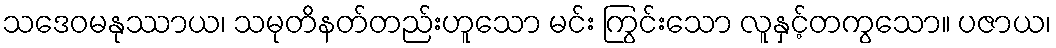
သဒေဝမနုဿာယ၊ သမုတိနတ်တည်းဟူသော မင်း ကြွင်းသော လူနှင့်တကွသော။ ပဇာယ၊